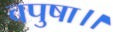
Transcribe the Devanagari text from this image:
वपुषा।।